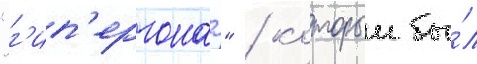
"г'ип'ергонар" / которыи бы́л